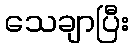
သေချာပြီး